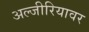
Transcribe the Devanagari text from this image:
अल्जीरियावर